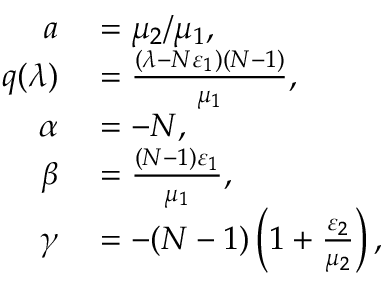
\begin{array} { r l } { a } & { { } = \mu _ { 2 } / \mu _ { 1 } , } \\ { q ( \lambda ) } & { { } = \frac { ( \lambda - N \varepsilon _ { 1 } ) ( N - 1 ) } { \mu _ { 1 } } , } \\ { \alpha } & { { } = - N , } \\ { \beta } & { { } = \frac { ( N - 1 ) \varepsilon _ { 1 } } { \mu _ { 1 } } , } \\ { \gamma } & { { } = - ( N - 1 ) \left( 1 + \frac { \varepsilon _ { 2 } } { \mu _ { 2 } } \right) , } \end{array}